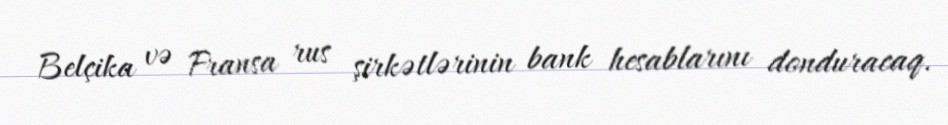
Belçika və Fransa rus şirkətlərinin bank hesablarını donduracaq.